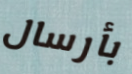
بأرسال